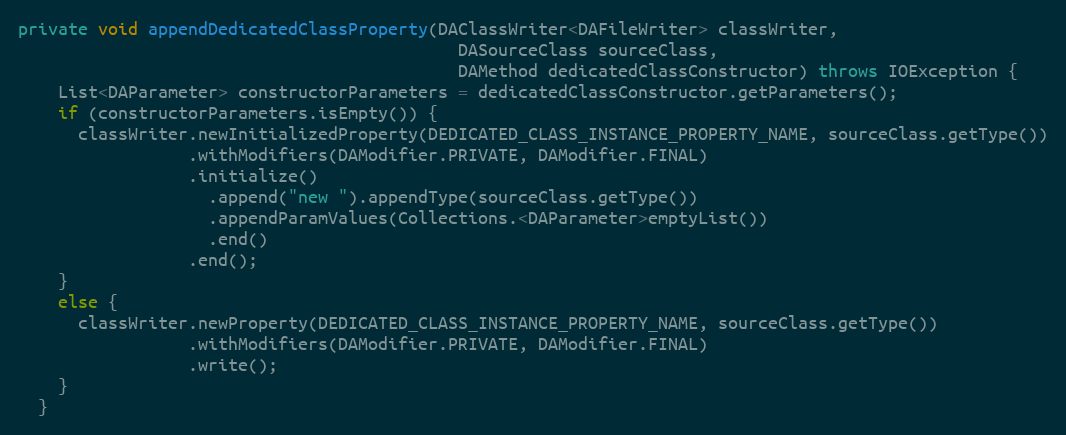
Language: Java
private void appendDedicatedClassProperty(DAClassWriter<DAFileWriter> classWriter,
                                            DASourceClass sourceClass,
                                            DAMethod dedicatedClassConstructor) throws IOException {
    List<DAParameter> constructorParameters = dedicatedClassConstructor.getParameters();
    if (constructorParameters.isEmpty()) {
      classWriter.newInitializedProperty(DEDICATED_CLASS_INSTANCE_PROPERTY_NAME, sourceClass.getType())
                 .withModifiers(DAModifier.PRIVATE, DAModifier.FINAL)
                 .initialize()
                   .append("new ").appendType(sourceClass.getType())
                   .appendParamValues(Collections.<DAParameter>emptyList())
                   .end()
                 .end();
    }
    else {
      classWriter.newProperty(DEDICATED_CLASS_INSTANCE_PROPERTY_NAME, sourceClass.getType())
                 .withModifiers(DAModifier.PRIVATE, DAModifier.FINAL)
                 .write();
    }
  }